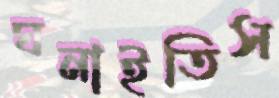
ঘনাইতিস